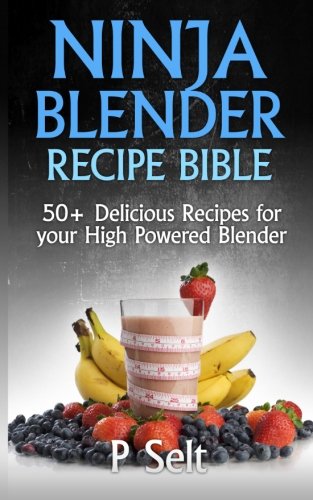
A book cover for Ninja Blender Recipe Bible: 50+ Delicious Recipes for your High Powered Blender; P Selt; Cookbooks, Food & Wine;